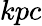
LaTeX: kpc